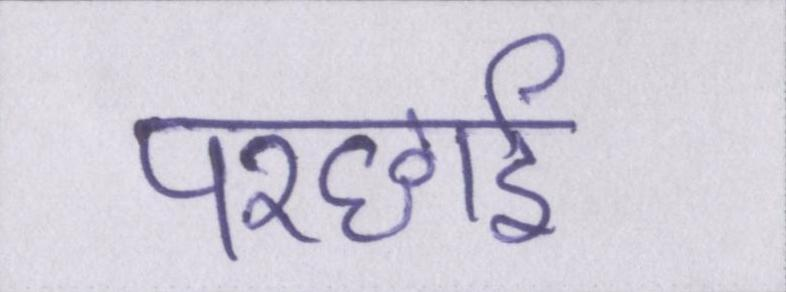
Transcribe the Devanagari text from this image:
परछाईं